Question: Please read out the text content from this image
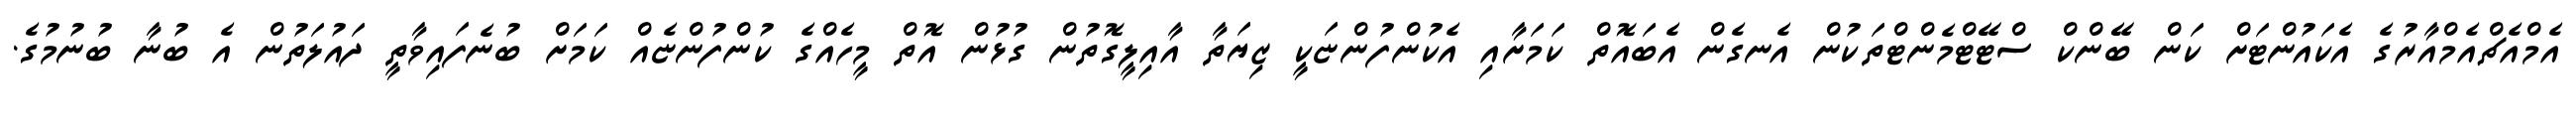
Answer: އެމްއެޗްއެމްއާރުގެ އެކައުންޓަށް ކަން ބޭންކް ސްޓޭޓްމެންޓްތަކުން އެނގެން އެބައޮތް ކަމަށާއި އެކުންފުންޏަކީ ޒިޔަތާ އާއިލީގޮތުން ގުޅުން އޮތް މީހެއްގެ ކުންފުންޏެއް ކަމަށް ބުނެފައިވާތީ ދައުލަތުން އެ ބުނާ ބުނުމުގެ.